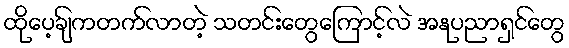
ထိုပေ့ချ်ကတက်လာတဲ့ သတင်းတွေကြောင့်လဲ အနုပညာရှင်တွေ